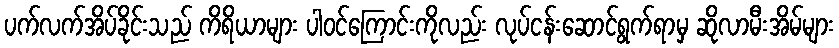
ပက်လက်အိပ်ခိုင်းသည် ကိရိယာများ ပါဝင်ကြောင်းကိုလည်း လုပ်ငန်းဆောင်ရွက်ရာမှ ဆိုလာမီးအိမ်များ